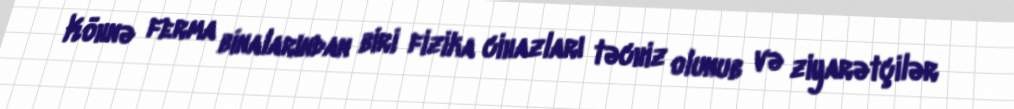
Köhnə ferma binalarından biri fizika cihazları təchiz olunub və ziyarətçilər